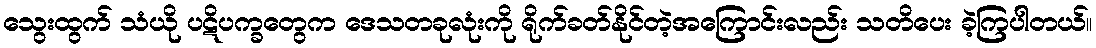
သွေးထွက် သံယို ပဋိပက္ခတွေက ဒေသတခုလုံးကို ရိုက်ခတ်နိုင်တဲ့အကြောင်းလည်း သတိပေး ခဲ့ကြပါတယ်။